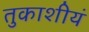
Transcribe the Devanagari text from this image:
तुकाशीयं